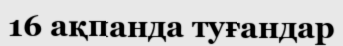
16 ақпанда туғандар